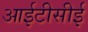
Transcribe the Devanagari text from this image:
आईटीसीई